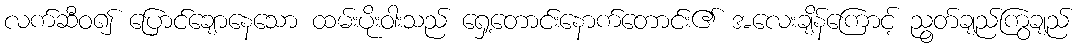
လက်ဆီဝ၍ ပြောင်ချောနေသော ထမ်းပိုးဝါးသည် ရှေ့တောင်းနောက်တောင်း၏ အလေးချိန်ကြောင့် ညွတ်ချည်ကြွချည်